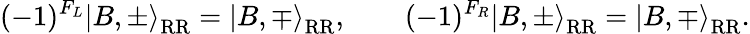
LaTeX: (-1)^{F_{L}}\left|B,\pm\right\rangle_{\mathrm{RR}}=\left|B,\mp\right\rangle_{\mathrm{RR}},\qquad(-1)^{F_{R}}\left|B,\pm\right\rangle_{\mathrm{RR}}=\left|B,\mp\right\rangle_{\mathrm{RR}}.